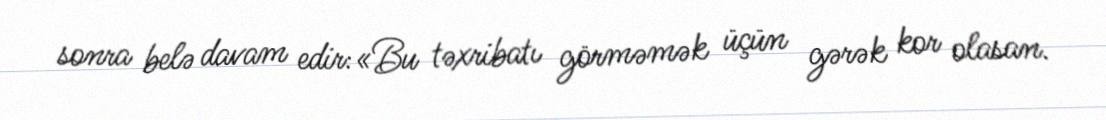
sonra belə davam edir:«Bu təxribatı görməmək üçün gərək kor olasan.